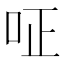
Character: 𠰪